Vaccination in Bombay 1856-1862 - 1856-1862
Year: 1856
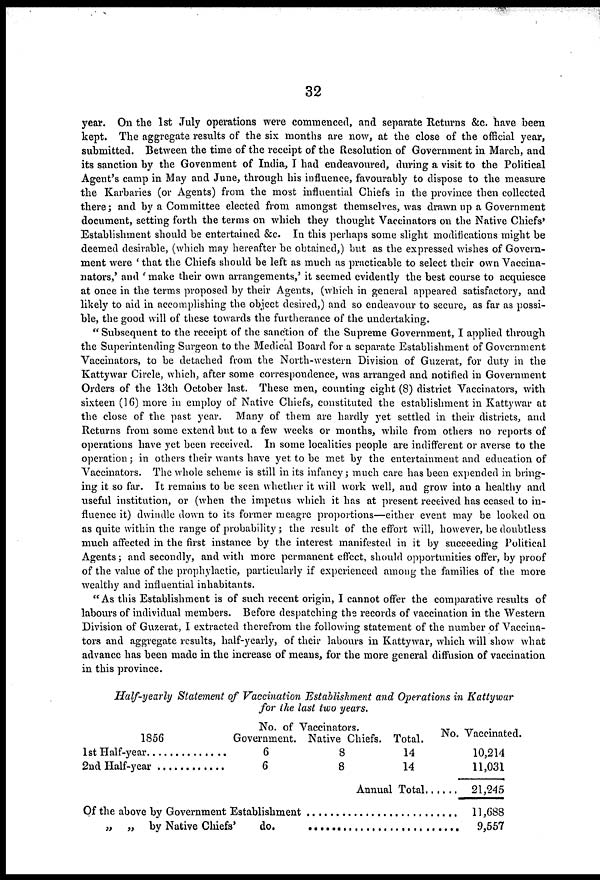
32
year. On the 1st July operations were commenced, and separate Returns &c. have been
kept. The aggregate results of the six months are now, at the close of the official year,
submitted. Between the time of the receipt of the Resolution of Government in March, and
its sanction by the Govenment of India, I had endeavoured, during a visit to the Political
Agent's camp in May and June, through his influence, favourably to dispose to the measure
the Karbaries (or Agents) from the most influential Chiefs in the province then collected
there; and by a Committee elected from amongst themselves, was drawn up a Government
document, setting forth the terms on which they thought Vaccinators on the Native Chiefs'
Establishment should be entertained &c. In this perhaps some slight modifications might be
deemed desirable, (which may hereafter be obtained,) but as the expressed wishes of Govern-
ment were ' that the Chiefs should be left as much as practicable to select their own Vaccina¬
nators,' and 'make their own arrangements,' it seemed evidently the best course to acquiesce
at once in the terms proposed by their Agents, (which in general appeared satisfactory, and
likely to aid in accomplishing the object desired,) and so endeavour to secure, as far as possi-
ble, the good will of these towards the furtherance of the undertaking.
" Subsequent to the receipt of the sanction of the Supreme Government, I applied through
the Superintending Surgeon to the Medical Board for a separate Establishment of Government
Vaccinators, to be detached from the North-western Division of Guzerat, for duty in the
Kattywar Circle, which, after some correspondence, was arranged and notified in Government
Orders of the 13th October last. These men, counting eight (8) district Vaccinators, with
sixteen (16) more in employ of Native Chiefs, constituted the establishment in Kattywar at
the close of the past year. Many of them are hardly yet settled in their districts, and
Returns from some extend but to a few weeks or months, while from others no reports of
operations have yet been received. In some localities people are indifferent or averse to the
operation; in others their wants have yet to be met by the entertainment and education of
Vaccinators. The whole scheme is still in its infancy; much care has been expended in bring-
ing it so far. It remains to be seen whether it will work well, and grow into a healthy and
useful institution, or (when the impetus which it has at present received has ceased to in-
fluence it) dwindle down to its former meagre proportions—either event may be looked on
as quite within the range of probability; the result of the effort will, however, be doubtless
much affected in the first instance by the interest manifested in it by succeeding Political
Agents; and secondly, and with more permanent effect, should opportunities offer, by proof
of the value of the prophylactic, particularly if experienced among the families of the more
wealthy and influential inhabitants.
" As this Establishment is of such recent origin, I cannot offer the comparative results of
labours of individual members. Before despatching the records of vaccination in the Western
Division of Guzerat, I extracted therefrom the following statement of the number of Vaccina-
tors and aggregate results, half-yearly, of their labours in Kattywar, which will show what
advance has been made in the increase of means, for the more general diffusion of vaccination
in this province.
Half-yearly Statement of Vaccination Establishment and Operations in Kattywar
for the last two years.
1856
1st Half-year ..............
2nd Half-year ............
No. of Vaccinators.
Government.
6
6
Native Chiefs.
8
8
Total.
14
14
Annual Total......
Of the above by Government Establishment ..........................
„ „ by Native Chiefs' do. .........................
No. Vaccinated.
10,214
11,031
21,245
11,688
9,557